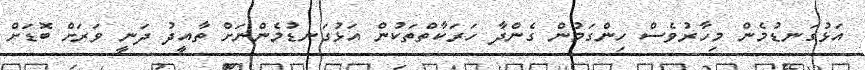
އަޅުގަނޑުމެން މިހާރުވެސް ހިންގަމުން ގެންދާ ހަރަކާތްތަކުން އަޅުގަނޑުމެންނަށް ތާއީދު ދަނީ ވަރަށް ބޮޑަށް